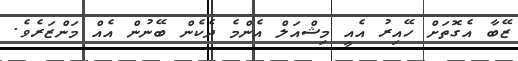
ޒޭބާ އެގޮތަށް ހޭއިރު އެއީ މިޝްއަލް އެންމެ ދެކެން ބޭނުން އެއް މަންޒަރެވެ.